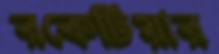
রকেটিয়ার